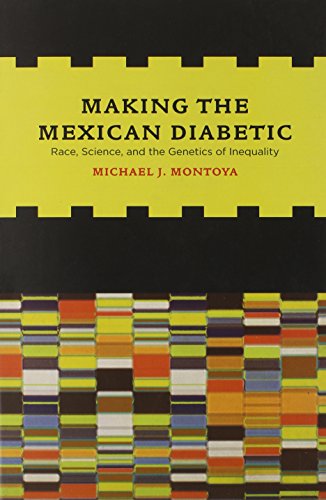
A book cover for Making the Mexican Diabetic: Race, Science, and the Genetics of Inequality; MichÃ¦l Montoya; Medical Books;